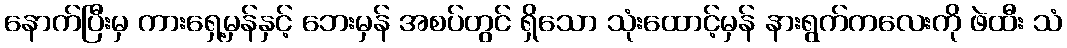
နောက်ပြီးမှ ကားရှေ့မှန်နှင့် ဘေးမှန် အစပ်တွင် ရှိသော သုံးထောင့်မှန် နားရွက်ကလေးကို ဖဲထီး သံ